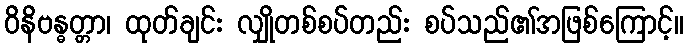
ဝိနိဗန္ဓတ္တာ၊ ထုတ်ချင်း လျှိုတစ်စပ်တည်း စပ်သည်၏အဖြစ်ကြောင့်။